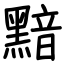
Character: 黯